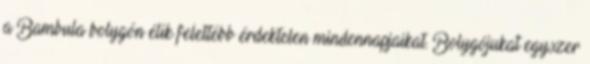
a Bambula bolygón élik felettébb érdektelen mindennapjaikat. Bolygójukat egyszer